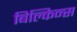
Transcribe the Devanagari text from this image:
बिल्किन्स